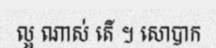
ល្អ ណាស់ តើ ។ សោបាក